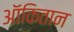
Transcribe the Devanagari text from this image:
ऑकितान